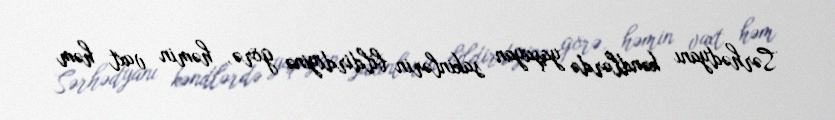
Sərhədyanı kəndlərdə yaşayan sakinlərin bildirdiyinə görə, həmin vaxt həm